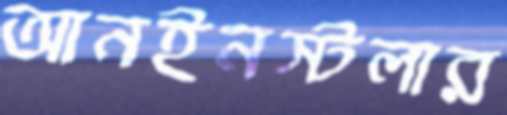
আনইনস্টলার